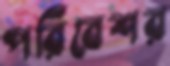
পরিবেশর